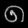
Digit: ၈